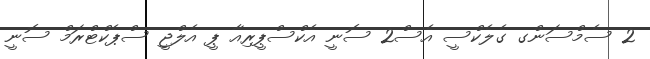
2 ސެމްސަންގ ގެލެކްސީ އެސް2 ސޮނީ އެކްސްޕީރިއާ ޕީ އެލްޖީ ސްޕެކްޓްރަމް ސޮނީ